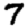
Digit: 7